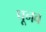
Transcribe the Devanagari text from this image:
पूनव